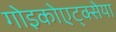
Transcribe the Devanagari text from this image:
गोइकोएट्क्सेया